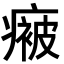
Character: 𭼤